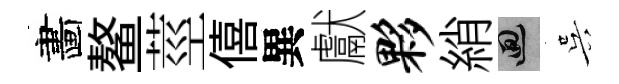
畵鳌莖僖異獻夥綃回吴